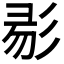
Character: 𢒓